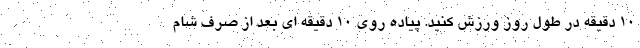
۱۰ دقیقه در طول روز ورزش کنید. پیاده روی ۱۰ دقیقه ای بعد از صرف شام